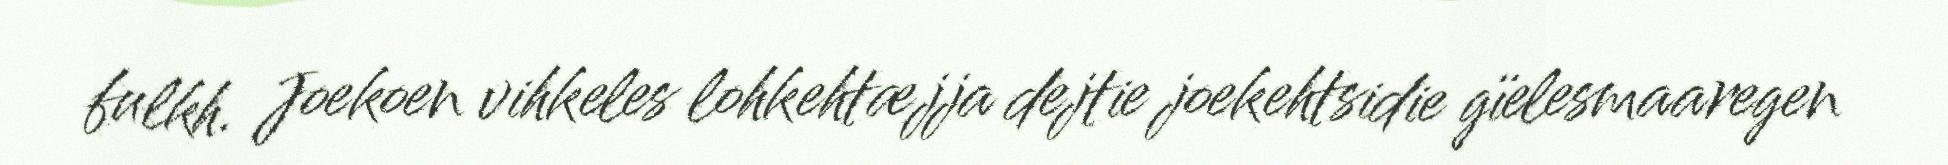
fulkh. Joekoen vihkeles lohkehtæjja dejtie joekehtsidie gïelesmaaregen